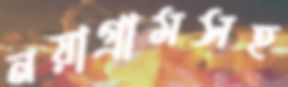
নয়াগ্রামসহ